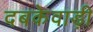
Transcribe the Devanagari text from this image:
दबकेवाड़ी